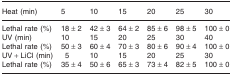
<table><thead><tr><td><b>Heat (min)</b></td><td><b>5</b></td><td><b>10</b></td><td><b>15</b></td><td><b>20</b></td><td><b>25</b></td><td><b>30</b></td></tr></thead><tbody><tr><td>Lethal rate (%)</td><td>18 ± 2</td><td>42 ± 3</td><td>64 ± 2</td><td>85 ± 6</td><td>98 ± 5</td><td>100 ± 0</td></tr><tr><td>UV (min)</td><td>10</td><td>15</td><td>20</td><td>25</td><td>30</td><td>40</td></tr><tr><td>Lethal rate (%)</td><td>50 ± 3</td><td>60 ± 4</td><td>70 ± 3</td><td>80 ± 6</td><td>90 ± 4</td><td>100 ± 0</td></tr><tr><td>UV + LiCl (min)</td><td>5</td><td>10</td><td>15</td><td>20</td><td>25</td><td>30</td></tr><tr><td>Lethal rate (%)</td><td>35 ± 4</td><td>50 ± 6</td><td>65 ± 3</td><td>73 ± 4</td><td>82 ± 5</td><td>100 ± 0</td></tr></tbody></table>